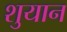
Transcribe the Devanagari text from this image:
शुयान